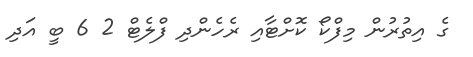
ގެ އިތުރުން މިފްކޯ ކޮށްޓާއި ރެހެންދި ފްލެޓް 2 6 ބީ އަދި